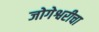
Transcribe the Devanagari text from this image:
जोगेश्वरीचा